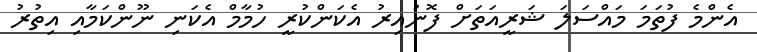
އެންމެ ފުތަމަ މައްސަލަ ޝަރީއަތަށް ފޮނުއިރު އެކަންކުރީ ހުމާމް އެކަނި ނޫންކަމާއި އިތުރު